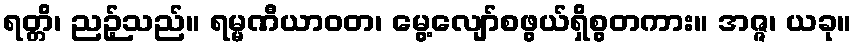
ရတ္တိ၊ ညဉ့်သည်။ ရမ္မဏီယာဝတ၊ မွေ့လျော်စဖွယ်ရှိစွတကား။ အဇ္ဇ၊ ယခု။